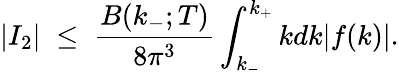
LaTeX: \left|I_{2}\right|\; \le\; {\frac{B(k_{-};T)}{8\pi^{3}}}\int_{k_{-}}^{k_{+}}kdk|f(k)|.